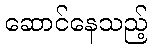
ဆောင်နေသည့်